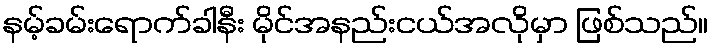
နမ့်ခမ်းရောက်ခါနီး မိုင်အနည်းငယ်အလိုမှာ ဖြစ်သည်။